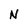
Character: N